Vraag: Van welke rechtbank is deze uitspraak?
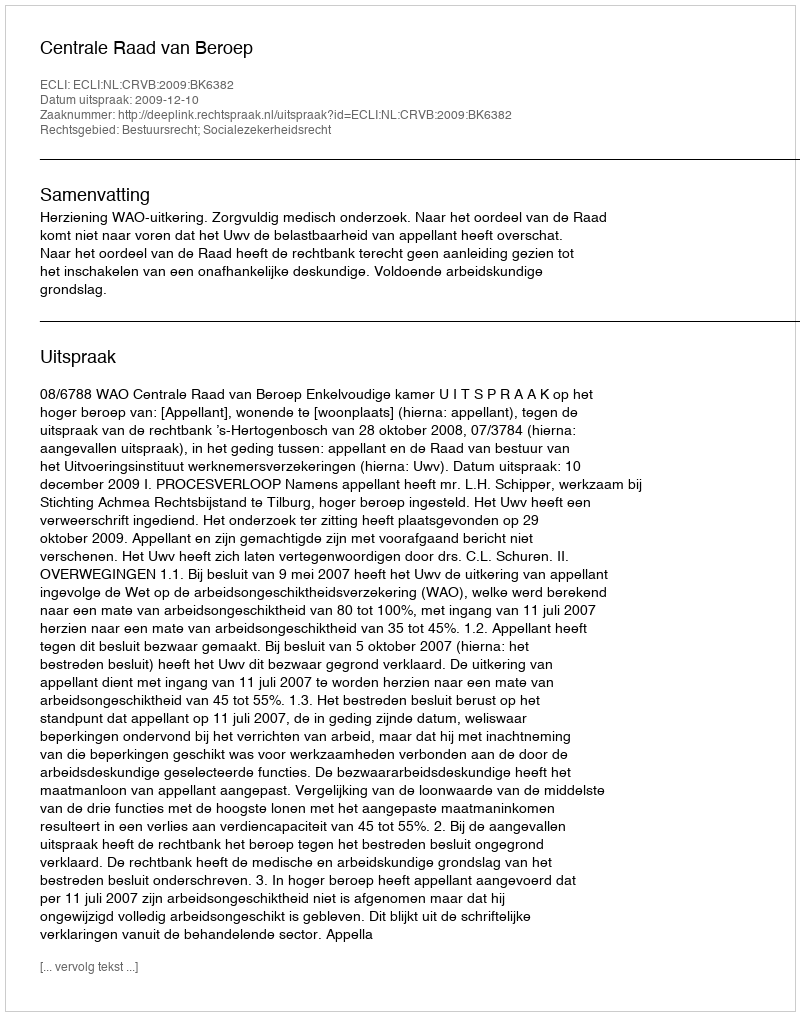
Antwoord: Centrale Raad van Beroep